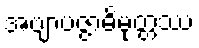
အဗျာပဇ္ဇာဓိမုတ္တဿ